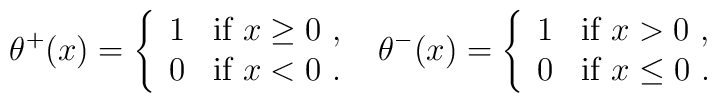
\theta^+(x)  =  \left\{ \begin{array}{ll}             1 & \mbox{if $ x\geq0$ , } \\             0 & \mbox{if $ x<0 $ . }             \end{array}        \right.\theta^-(x)  =  \left\{ \begin{array}{ll}1 & \mbox{if $ x>0$ , }  \\0 & \mbox{if $ x\leq0 $ . }\end{array}\right.